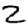
Digit: 2